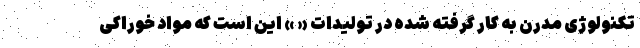
تکنولوژی مدرن به کار گرفته شده در تولیدات « » این است که مواد خوراکی